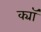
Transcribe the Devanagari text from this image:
क्यॉ